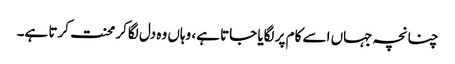
چنانچہ جہاں اسے کام پر لگایا جاتا ہے، وہاں وہ دل لگاکر محنت کرتا ہے۔